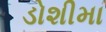
ડોશીમા